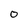
Character: O